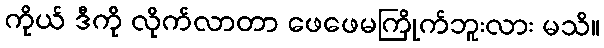
ကိုယ် ဒီကို လိုက်လာတာ ဖေဖေမကြိုက်ဘူးလား မသိ။